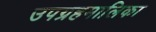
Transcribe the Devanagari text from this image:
उपग्रहमालिका